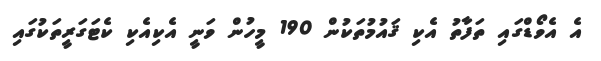
އެ އެވޯޑްގައި ތަފާތު އެކި ޤައުމުތަކުން 190 މީހުން ވަނީ އެކިއެކި ކެޓަގަރީތަކުގައި